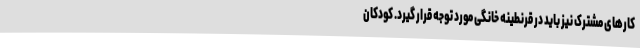
کارهای مشترک نیز باید در قرنطینه خانگی مورد توجه قرار گیرد. کودکان